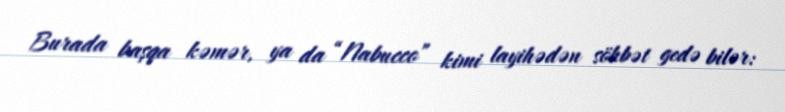
Burada başqa kəmər, ya da “Nabucco” kimi layihədən söhbət gedə bilər: